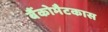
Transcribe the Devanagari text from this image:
बैंकोमैटकास